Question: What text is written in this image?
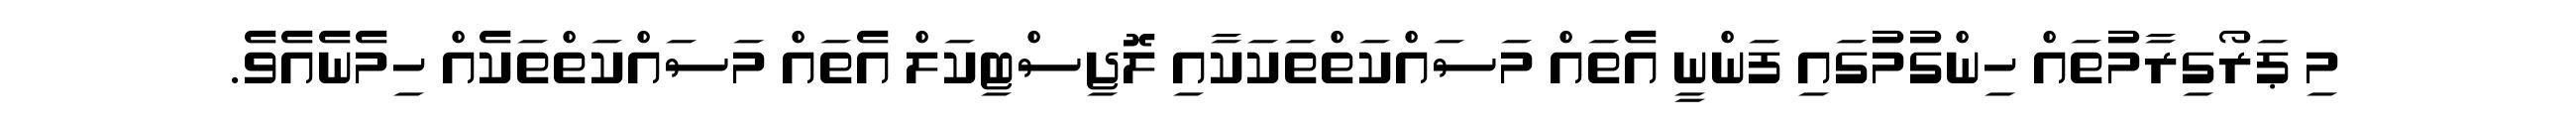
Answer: މި ޕަރޯގިރާމުތައް ހިންގުމުގައި ފަންނީ އެތައް މަސައްކަތްތަކަކާއި ލޮޖިސްޓިކަލް އެތައް މަސައްކަތްތަކެއް ހިމެނެއެވެ.